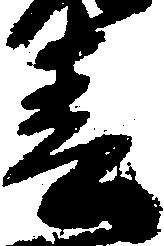
春